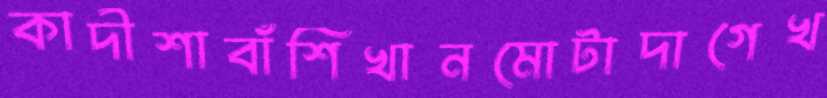
কাদীশাবাঁশিখানমোটাদাগেখ